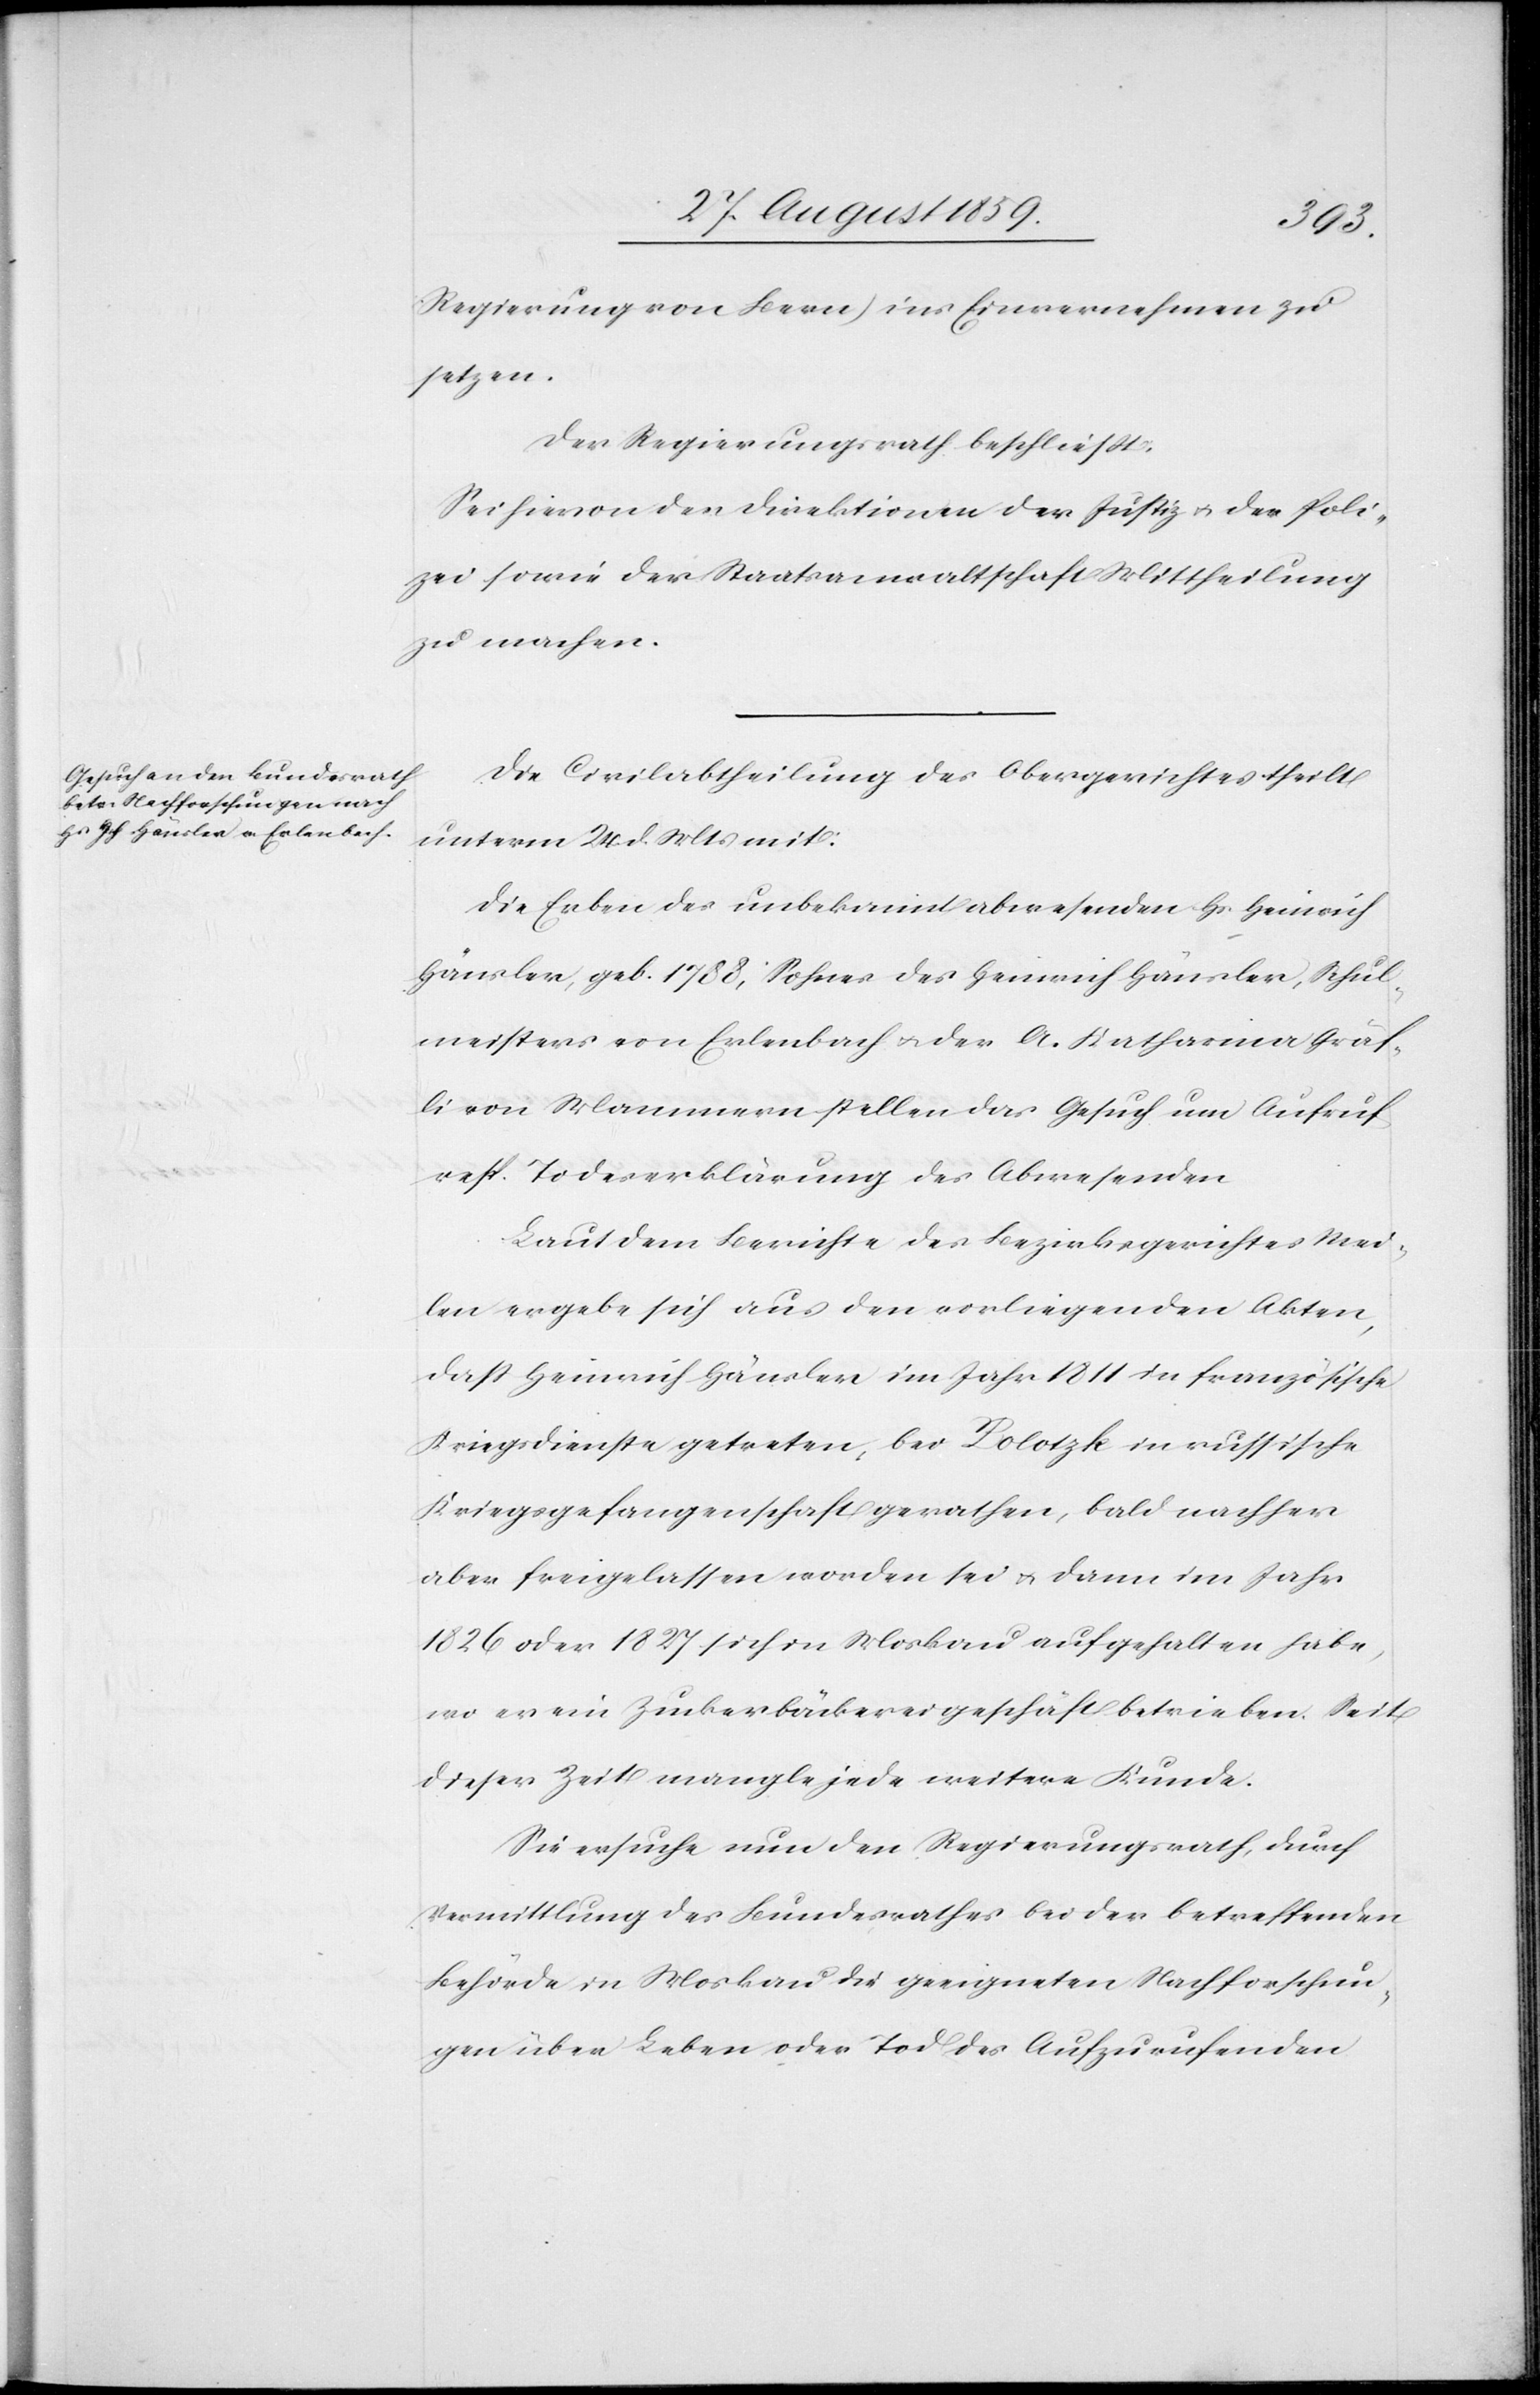
Regierung von Bern) ins Einvernehmen zu
setzen.
Der Regierungsrath beschließt.
Sei hievon der Direktion der Justiz & der Poli¬
zei sowie der Staatsanwaltschaft Mittheilung
zu machen.
Die Civilabtheilung des Obergerichtes theilt
unterm 24. d. Mts. mit:
Die Erben des unbekannt abwesenden Hs. Heinrich
Häusler, geb. 1788, Sohnes des Heinrich Häusler, Schul¬
meisters von Erlenbach & der A. Katharina Gräf¬
li von Mammern stellen das Gesuch um Aufruf
resp. Todeserklärung des Abwesenden.
Laut dem Berichte des Bezirksgerichtes Mei¬
len ergebe sich aus den vorliegenden Akten,
daß Heinrich Häusler im Jahr 1811 in französische
Kriegsdienste getreten, bei Polotzk in russische
Kriegsgefangenschaft gerathen, bald nachher
aber freigelassen worden sei & dann im Jahr
1826 oder 1827 sich in Moskau aufgehalten habe,
wo er ein Zuckerbäckereigeschäft betrieben. Seit
dieser Zeit mangle jede weitere Kunde.
Sie ersuche nun den Regierungsrath, durch
Vermittlung des Bundesrathes bei der betreffenden
Behörde in Moskau die geeigneten Nachforschun¬
gen über Leben oder Tod des Aufzurufenden